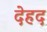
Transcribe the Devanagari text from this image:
देहद